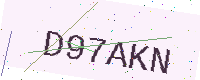
Text: D97AKN